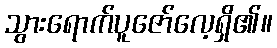
သွားရောက်ပူဇော်လေ့ရှိ၏။